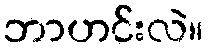
ဘာဟင်းလဲ။